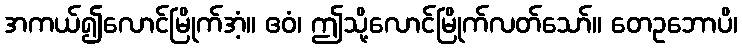
အကယ်၍လောင်မြိုက်အံ့။ ဧဝံ၊ ဤသို့လောင်မြိုက်လတ်သော်။ တေဥဘောပိ၊